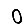
Digit: 0